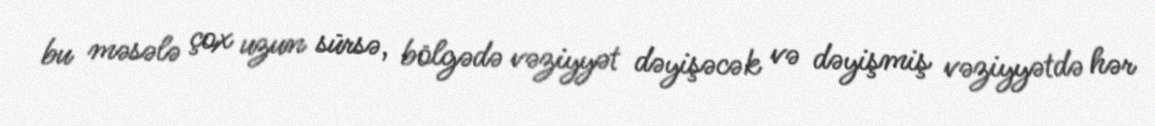
bu məsələ çox uzun sürsə, bölgədə vəziyyət dəyişəcək və dəyişmiş vəziyyətdə hər